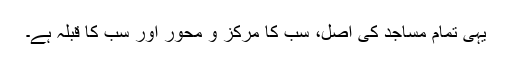
یہی تمام مساجد کی اصل، سب کا مرکز و محور اور سب کا قبلہ ہے۔